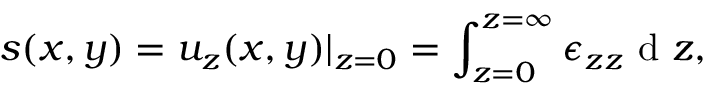
s ( x , y ) = u _ { z } ( x , y ) | _ { z = 0 } = \int _ { z = 0 } ^ { z = \infty } \epsilon _ { z z } \mathrm { ~ d ~ } z ,